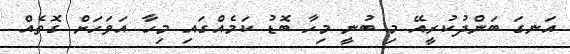
އަނގަ ބަންދުކުރީއޭ މި ބުނީ މިހާ ބޮޑު ކަމެއްގައި މިހާ އަވަހަށް ގޮތެއް